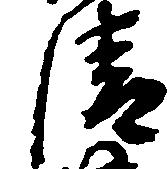
清